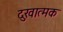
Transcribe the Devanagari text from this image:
दुखात्मक